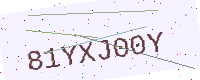
Text: 81YXJ00Y